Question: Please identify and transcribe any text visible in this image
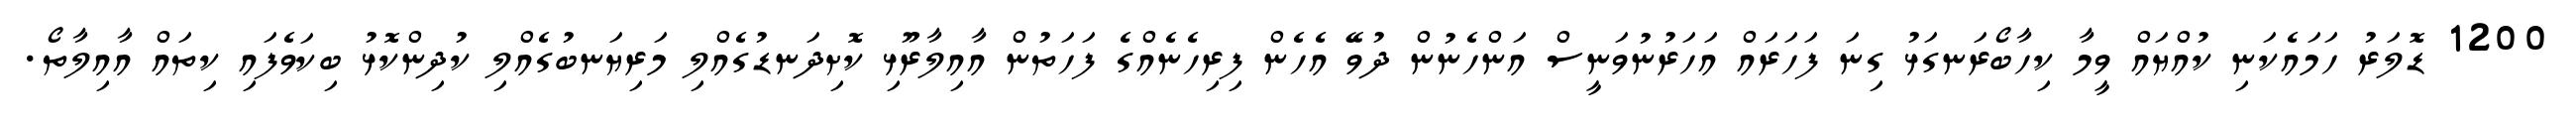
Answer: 1200 ޑޮލަރު ހަމައެކަނި ކުއްޔައް ވީމާ ކިހާބޯރަނގަޅު ގިނަ ފަހަރައް އަހަރުނުވަނީސް އަންހެނުން ދުވޭ އެހެން ފިރިހެނެއްގެ ފަހަތުން އާއިލާރޫޅި ކޮށިދަނޑުގެއްލި މަރިޔަނބުގެއްލި ކުދިންކޮޅު ބިކަވެފައި ކިތައް އާއިލާތޯ.